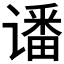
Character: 𮷊